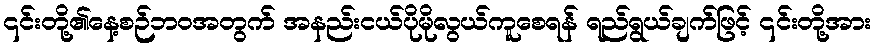
၎င်းတို့၏နေ့စဉ်ဘဝအတွက် အနည်းငယ်ပိုမိုလွယ်ကူစေရန် ရည်ရွယ်ချက်ဖြင့် ၎င်းတို့အား